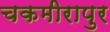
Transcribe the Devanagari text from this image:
चकमीरापुर